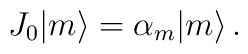
J_{0} |m \rangle = \alpha_{m} |m \rangle \, .